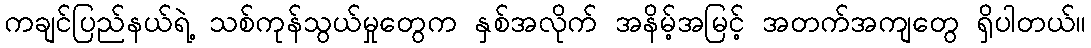
ကချင်ပြည်နယ်ရဲ့ သစ်ကုန်သွယ်မှုတွေက နှစ်အလိုက် အနိမ့်အမြင့် အတက်အကျတွေ ရှိပါတယ်။